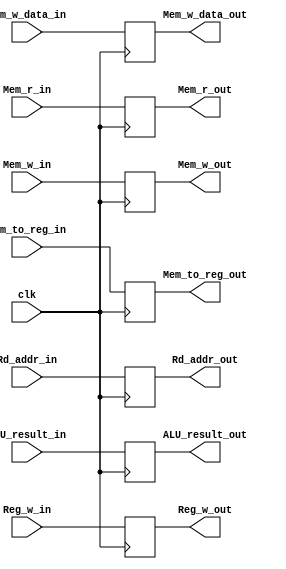
module EX_MEM
(
    input [31:0] ALU_result_in,
    input [31:0] Mem_w_data_in,
    input [4:0] Rd_addr_in,
    input Reg_w_in,
    input Mem_r_in,
    input Mem_w_in,
    input Mem_to_reg_in,
    input clk,
    output reg [31:0] ALU_result_out,
    output reg [31:0] Mem_w_data_out,
    output reg [4:0] Rd_addr_out,
    output reg Reg_w_out,
    output reg Mem_r_out,
    output reg Mem_w_out,
    output reg Mem_to_reg_out
);

    always @(negedge clk)
    begin
        ALU_result_out <= ALU_result_in;
        Rd_addr_out <= Rd_addr_in;
        Reg_w_out <= Reg_w_in;
        Mem_r_out <= Mem_r_in;
        Mem_w_out <= Mem_w_in;
        Mem_to_reg_out <= Mem_to_reg_in;
        Mem_w_data_out <= Mem_w_data_in;
    end

endmodule